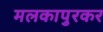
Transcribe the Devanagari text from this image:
मलकापुरकर